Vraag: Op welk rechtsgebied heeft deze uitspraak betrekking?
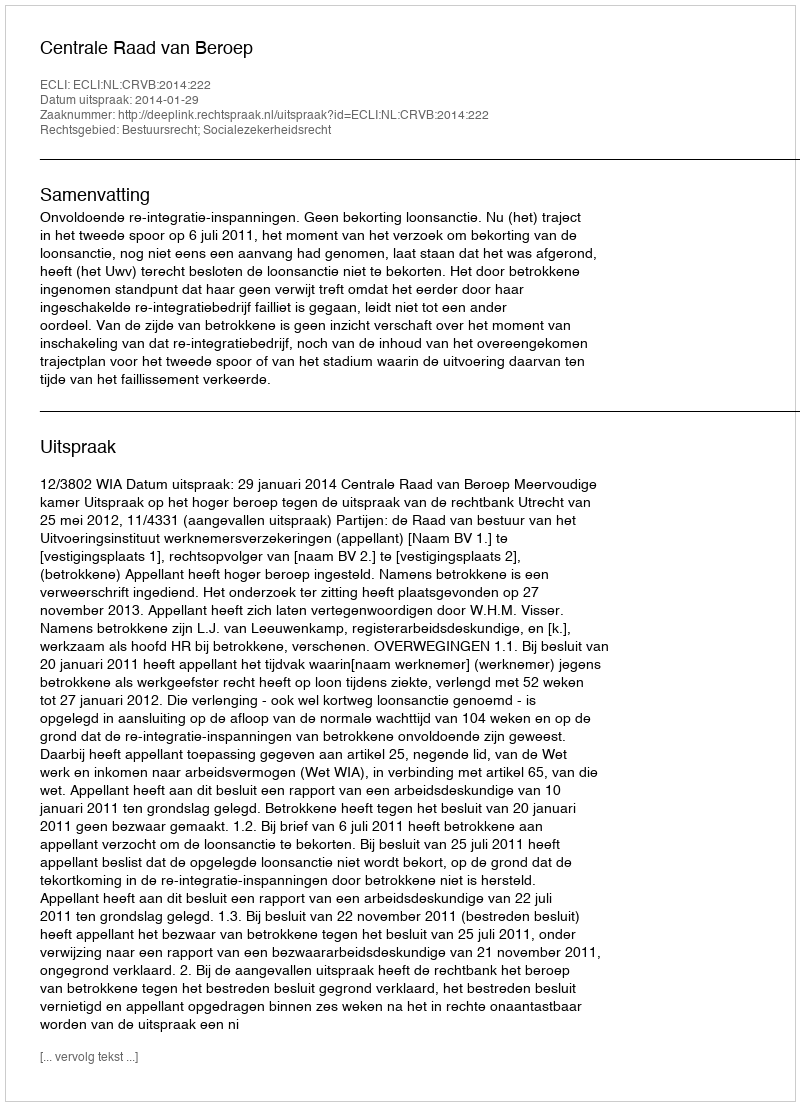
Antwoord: Bestuursrecht; Socialezekerheidsrecht